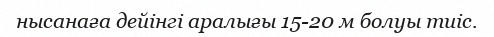
нысанаға дейінгі аралығы 15-20 м болуы тиіс.